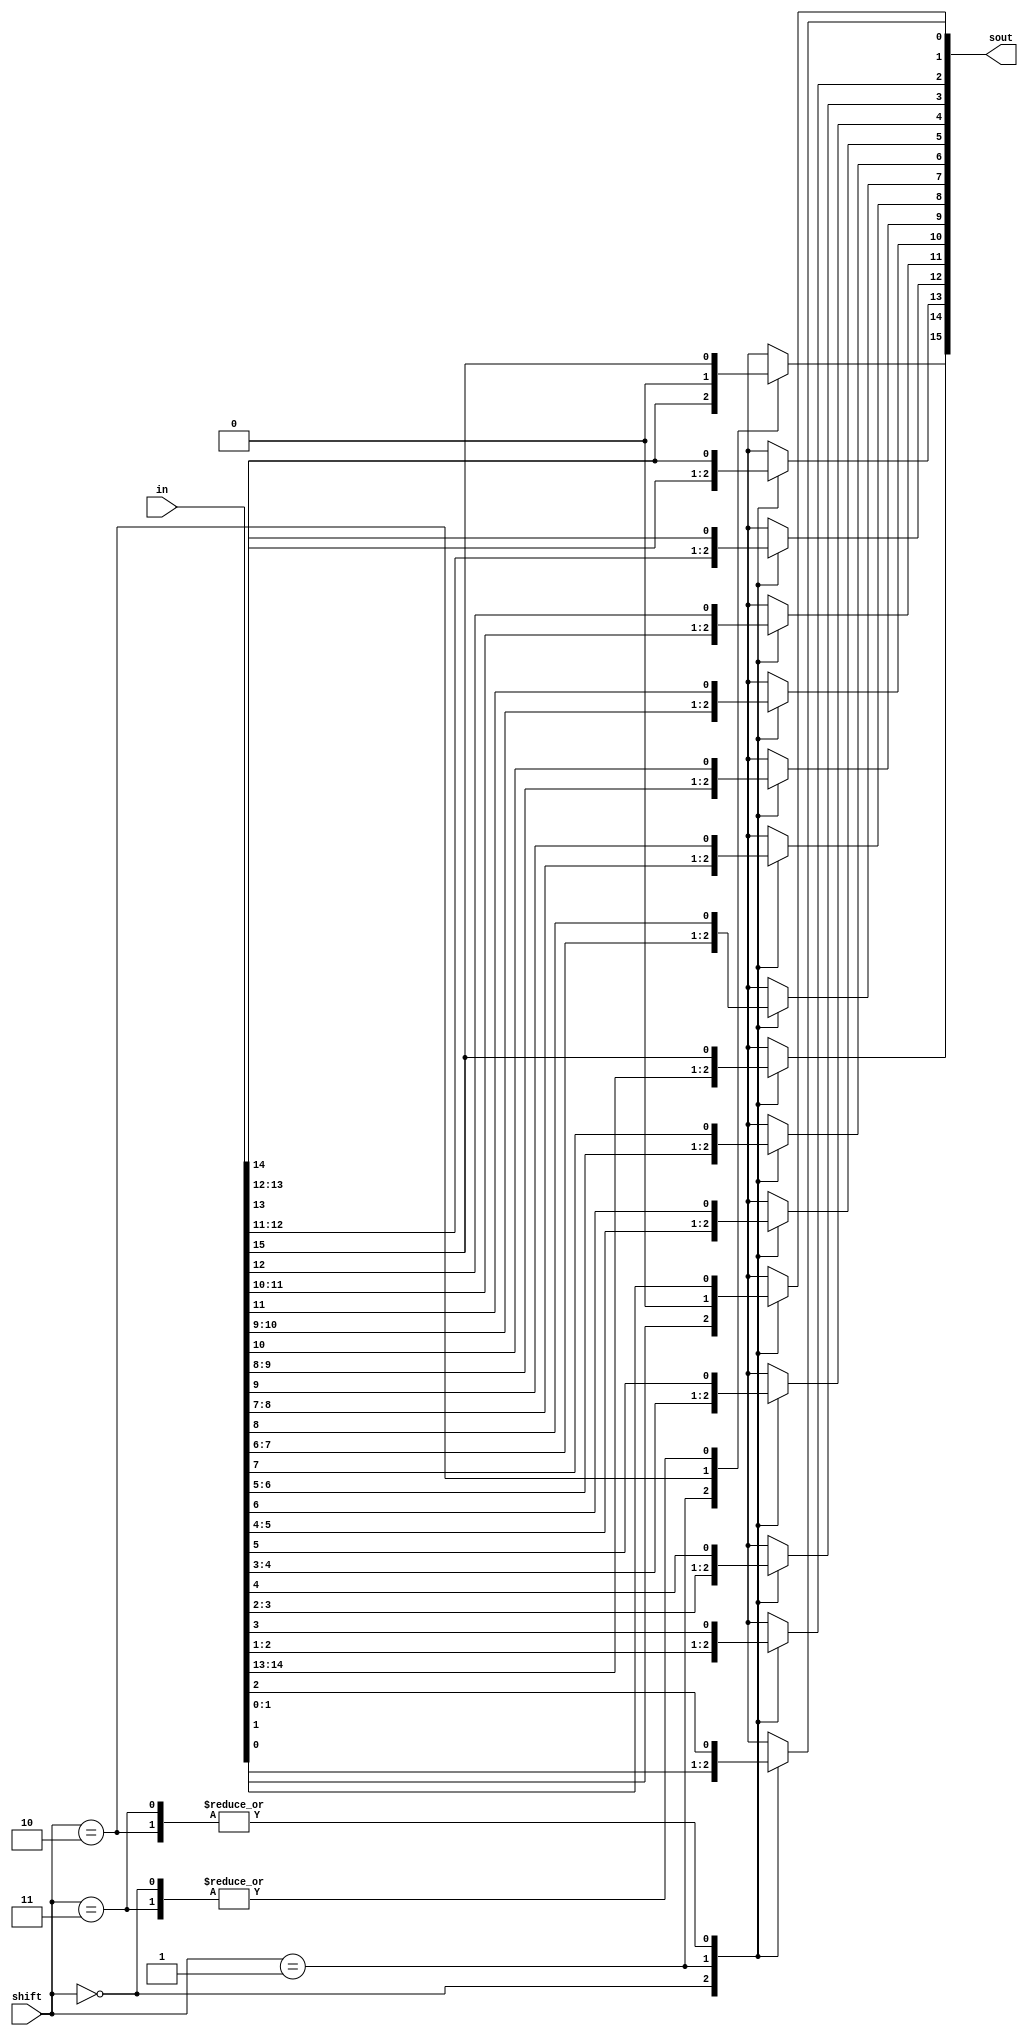
module shifter(in,shift,sout);
input [15:0] in;
input [1:0] shift;
output [15:0] sout;
reg [15:0] sout;

always@(*)begin

case(shift) //condition is the value of shift 

2'b00: sout = in; // shift = 00 // data is unchanged
2'b01: begin //shift = 01 // data is shifted 1 bit to the left
       
       sout[0] = 0;
       sout[1] = in[0];
       sout[2] = in[1];
       sout[3] = in[2];
       sout[4] = in[3];
       sout[5] = in[4];
       sout[6] = in[5];
       sout[7] = in[6];
       sout[8] = in[7];
       sout[9] = in[8];
       sout[10] = in[9];
       sout[11] = in[10];
       sout[12] = in[11];
       sout[13] = in[12];
       sout[14] = in[13];
       sout[15] = in[14];

      

       end
2'b10: begin // shift = 10 // data is shifted 1 bit to the right

  	sout[15] = 0;
	sout[14] = in[15];
	sout[13] = in[14];
	sout[12] = in[13];
	sout[11] = in[12];
	sout[10] = in[11];
	sout[9] = in[10];
	sout[8] = in[9];
	sout[7] = in[8];
	sout[6] = in[7];
	sout[5] = in[6];
	sout[4] = in[5];
	sout[3] = in[4];
	sout[2] = in[3];
	sout[1] = in[2];
	sout[0] = in[1];

end
2'b11: begin // shift = 11 // data is shifted to 1 bit to the right copying the previous MSB to the current MSB
  	sout[15] = in[15];
	sout[14] = in[15];
	sout[13] = in[14];
	sout[12] = in[13];
	sout[11] = in[12];
	sout[10] = in[11];
	sout[9] = in[10];
	sout[8] = in[9];
	sout[7] = in[8];
	sout[6] = in[7];
	sout[5] = in[6];
	sout[4] = in[5];
	sout[3] = in[4];
	sout[2] = in[3];
	sout[1] = in[2];
	sout[0] = in[1];

       end
default sout=in;
endcase

end

endmodule